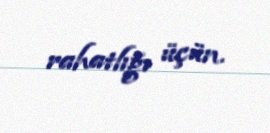
rahatlığı üçün.